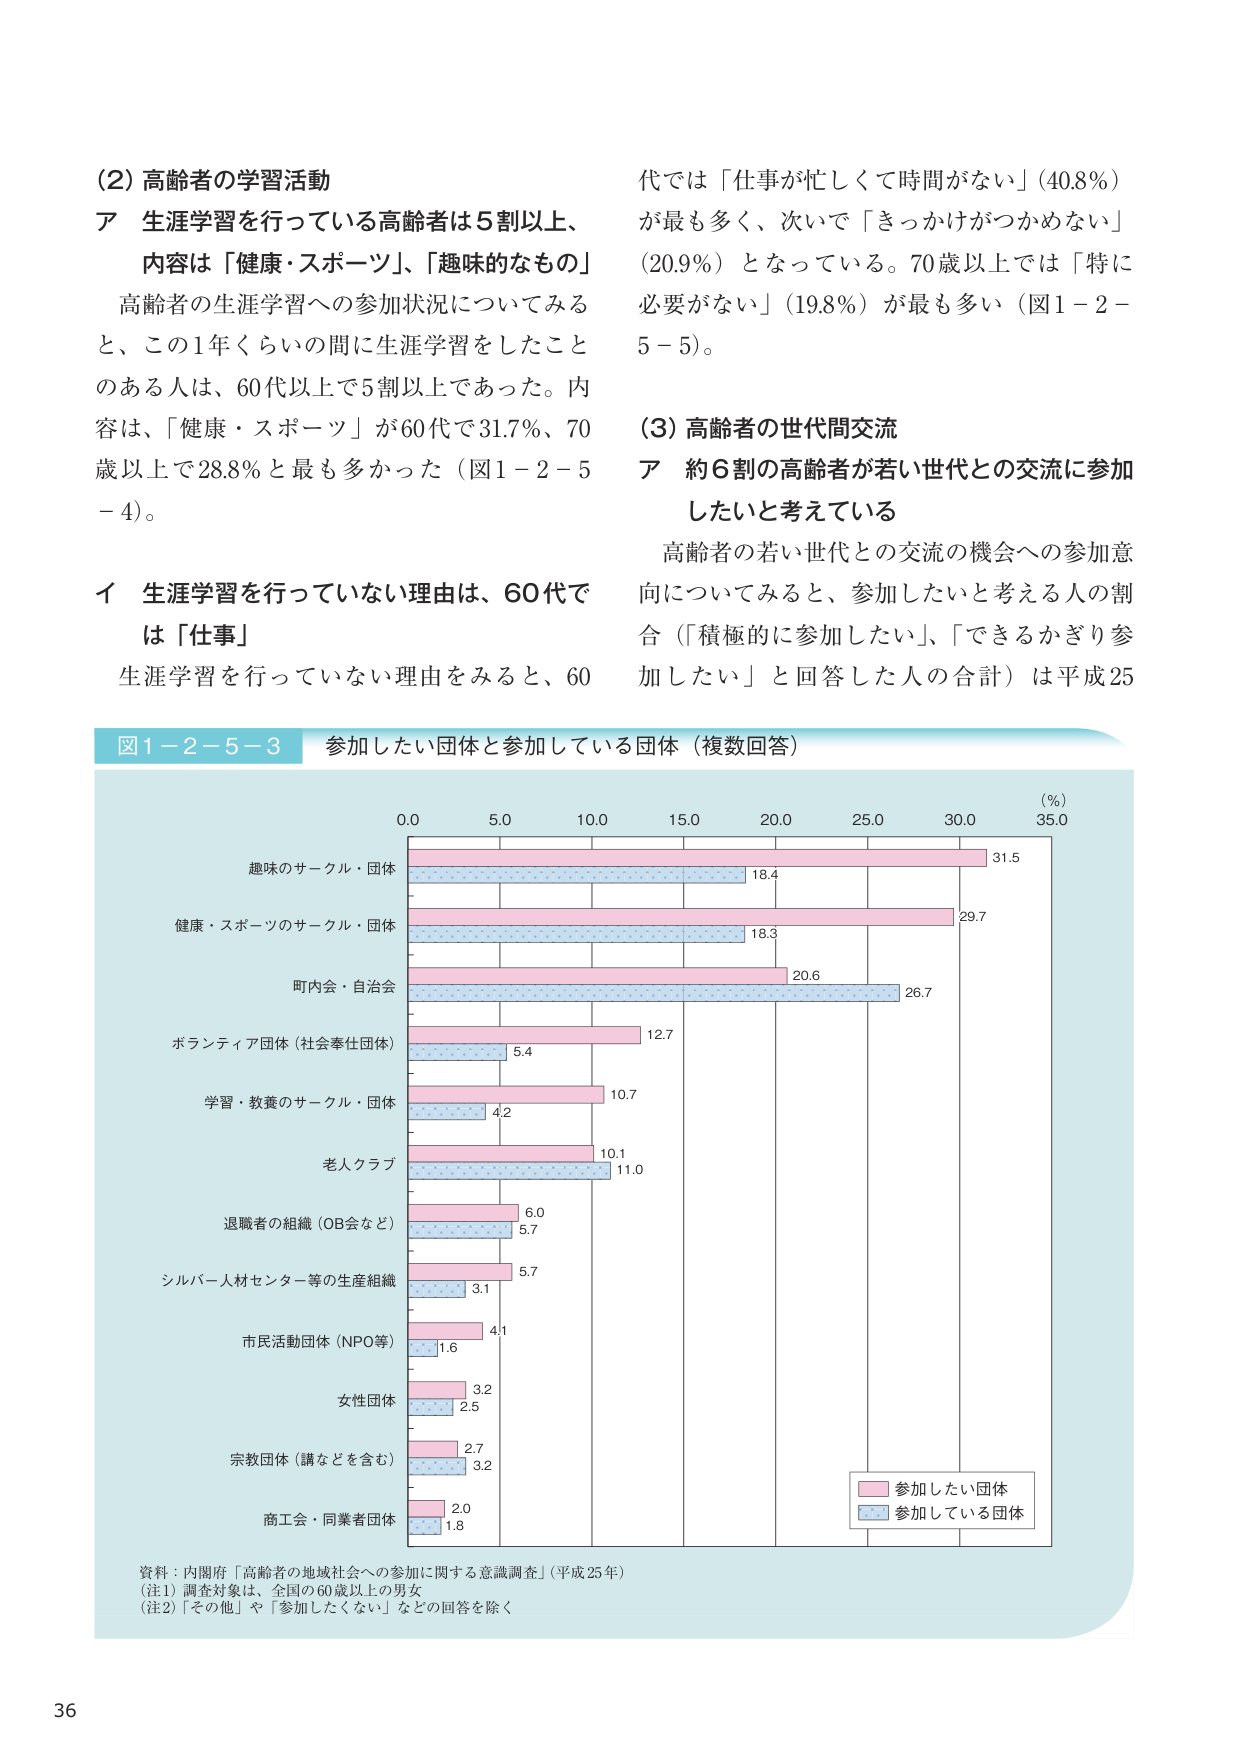
(2) 高齢者の学習活動
ア 生涯学習を行っている高齢者は5割以上、
内容は「健康・スポーツ」、「趣味的なもの」
高齢者の生涯学習への参加状況についてみる
と、この1年くらいの間に生涯学習をしたこと
のある人は、60代以上で5割以上であった。内
容は、「健康・スポーツ」が60代で31.7%、70
歳以上で28.8%と最も多かった（図1－2－5
－4）。

イ 生涯学習を行っていない理由は、60代で
は「仕事」
生涯学習を行っていない理由をみると、60
代では「仕事が忙しくて時間がない」（40.8%）
が最も多く、次いで「きっかけがつかめない」
（20.9%）となっている。70歳以上では「特に
必要がない」（19.8%）が最も多く（図1－2－
5－5）。

(3) 高齢者の世代間交流
ア 約6割の高齢者が若い世代との交流に参加
したいと考えている
高齢者の若い世代との交流の機会への参加意
向についてみると、参加したいと考える人の割
合（「積極的に参加したい」、「できるかぎり参
加したい」と回答した人の合計）は平成25

図1－2－5－3 参加したい団体と参加している団体（複数回答）
（%）
0.0 5.0 10.0 15.0 20.0 25.0 30.0 35.0
趣味のサークル・団体 31.5 18.4
健康・スポーツのサークル・団体 29.7 18.3
町内会・自治会 20.6 26.7
ボランティア団体（社会奉仕団体） 12.7 5.4
学習・教養のサークル・団体 10.7 4.2
老人クラブ 10.1 11.0
退職者の組織（OB会など） 6.0 5.7
シルバー人材センター等の生産組織 5.7 3.1
市民活動団体（NPO等） 4.1 1.6
女性団体 3.2 2.5
宗教団体（講などを含む） 2.7 3.2
商工会・同業者団体 2.0 1.8
参加したい団体
参加している団体

資料：内閣府「高齢者の地域社会への参加に関する意識調査」（平成25年）
（注1）調査対象は、全国の60歳以上の男女
（注2）「その他」や「参加したくない」などの回答を除く

36